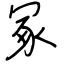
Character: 冢